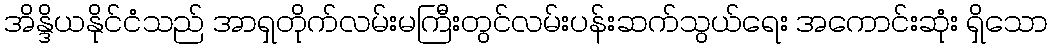
အိန္ဒိယနိုင်ငံသည် အာရှတိုက်လမ်းမကြီးတွင်လမ်းပန်းဆက်သွယ်ရေး အကောင်းဆုံး ရှိသော